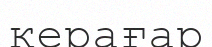
керағар